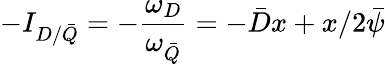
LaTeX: -I_{D/\bar{Q}}=-\frac{\omega_{D}}{\omega_{\bar{Q}}}=-\bar{D}x+x/2\bar{\psi}